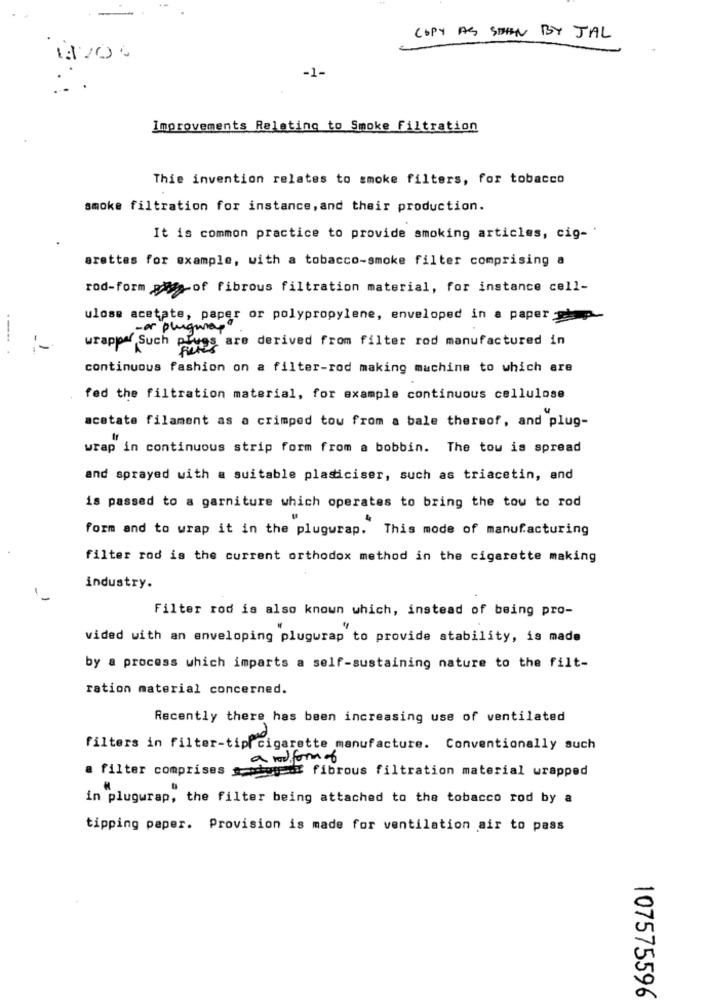
COPY AS SEEN BY JAL
-1-
Improvements Relating to Smoke Filtration
Thie invention relates to smoke filters, for tobacco
smoke filtration for instance, and their production.
It is common practice to provide smoking articles, cig-
arettes for example, with a tobacco-smoke filter comprising a
rod-form pays-of fibrous filtration material, for instance cell-
ulose acetate, paper or polypropylene, enveloped in a paper php-
- or plugmar
wrapper Such pluss are derived from filter rod manufactured in
---. .
continuous fashion on a filter-rod making machine to which are
fed the filtration material, for example continuous cellulose
acetate filament as a crimped tou from a bale thereof, and plug-
wrap in continuous strip form from a bobbin. The tou is spread
and sprayed with a suitable plasticiser, such as triacetin, and
is passed to a garniture which operates to bring the tow to rod
form and to wrap it in the plugwrap. This mode of manufacturing
filter rod is the current orthodox method in the cigarette making
industry.
Filter rod is also known which, instead of being pro-
vided with an enveloping plugwrap to provide stability, is made
by a process which imparts a self-sustaining nature to the filt-
ration material concerned.
Recently there has been increasing use of ventilated
filters in filter-tip cigarette manufacture. Conventionally such
a rod form of
a filter comprises godoy :# fibrous filtration material wrapped
in plugurap, the filter being attached to the tobacco rod by a
tipping paper. Provision is made for ventilation air to pass
107575596